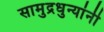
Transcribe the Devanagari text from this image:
सामुद्रधुन्यांनी